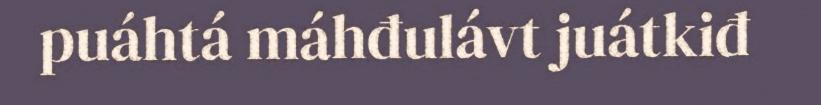
puáhtá máhđulávt juátkiđ